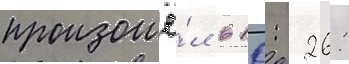
произошё́л в 10: 26: